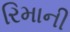
રિમાની